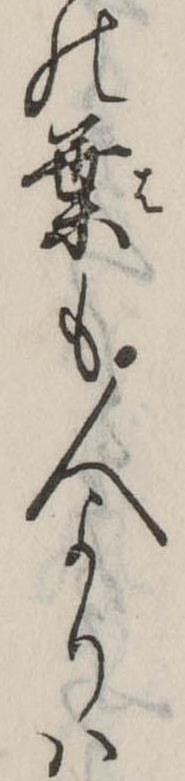
の葉も人よりは